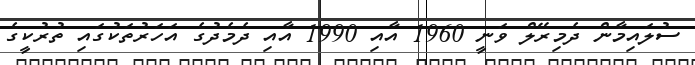
ސުލައިމާން ދެމިރޭލް ވަނީ 1960 އާއި 1990 އާއި ދެމެދުގެ އަހަރުތަކުގައި ތުރުކީގެ